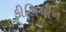
ફીલિપીન